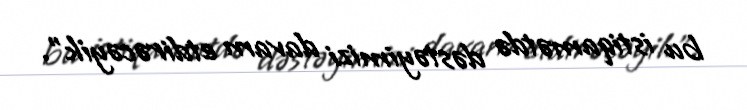
bu istiqamətdə dəstəyimizi davam etdirəcəyik”.